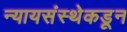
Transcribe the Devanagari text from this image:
न्यायसंस्थेकडून